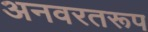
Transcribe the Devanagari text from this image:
अनवरतरूप